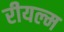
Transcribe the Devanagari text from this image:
रीयल्म